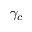
\gamma _ { c }